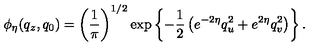
\phi _ { \eta } ( q _ { z } , q _ { 0 } ) = \left( { \frac { 1 } { \pi } } \right) ^ { 1 / 2 } \exp \left\{ - { \frac { 1 } { 2 } } \left( e ^ { - 2 \eta } q _ { u } ^ { 2 } + e ^ { 2 \eta } q _ { v } ^ { 2 } \right) \right\} .